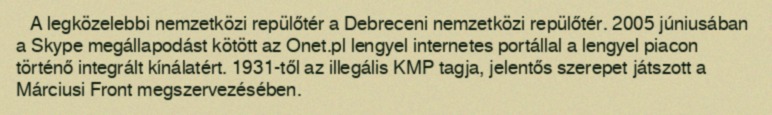
A legközelebbi nemzetközi repülőtér a Debreceni nemzetközi repülőtér. 2005 júniusában a Skype megállapodást kötött az Onet.pl lengyel internetes portállal a lengyel piacon történő integrált kínálatért. 1931-től az illegális KMP tagja, jelentős szerepet játszott a Márciusi Front megszervezésében.